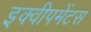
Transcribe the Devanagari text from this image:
इक्वीपमेंटस